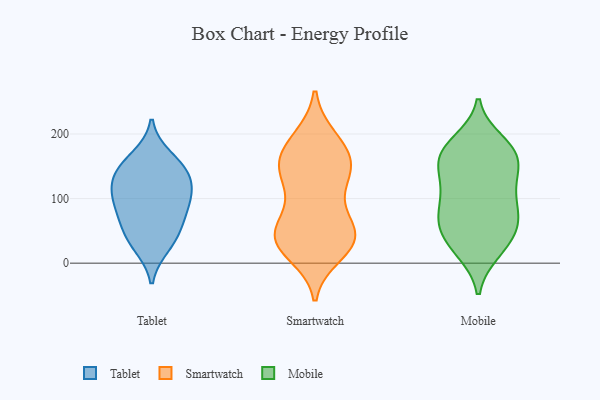
{"axis": {"x": "Humidity (%)", "y": "Value"}, "legend": ["Mobile", "Smartwatch", "Tablet"], "data": [{"x": "", "y": 148, "type": "Tablet"}, {"x": "", "y": 113, "type": "Tablet"}, {"x": "", "y": 164, "type": "Tablet"}, {"x": "", "y": 141, "type": "Tablet"}, {"x": "", "y": 71, "type": "Tablet"}, {"x": "", "y": 109, "type": "Tablet"}, {"x": "", "y": 36, "type": "Tablet"}, {"x": "", "y": 99, "type": "Tablet"}, {"x": "", "y": 54, "type": "Tablet"}, {"x": "", "y": 136, "type": "Tablet"}, {"x": "", "y": 27, "type": "Tablet"}, {"x": "", "y": 85, "type": "Tablet"}, {"x": "", "y": 33, "type": "Smartwatch"}, {"x": "", "y": 90, "type": "Smartwatch"}, {"x": "", "y": 147, "type": "Smartwatch"}, {"x": "", "y": 139, "type": "Smartwatch"}, {"x": "", "y": 31, "type": "Smartwatch"}, {"x": "", "y": 179, "type": "Smartwatch"}, {"x": "", "y": 100, "type": "Smartwatch"}, {"x": "", "y": 44, "type": "Smartwatch"}, {"x": "", "y": 165, "type": "Smartwatch"}, {"x": "", "y": 27, "type": "Smartwatch"}, {"x": "", "y": 193, "type": "Smartwatch"}, {"x": "", "y": 49, "type": "Smartwatch"}, {"x": "", "y": 15, "type": "Smartwatch"}, {"x": "", "y": 147, "type": "Smartwatch"}, {"x": "", "y": 191, "type": "Smartwatch"}, {"x": "", "y": 53, "type": "Smartwatch"}, {"x": "", "y": 43, "type": "Smartwatch"}, {"x": "", "y": 143, "type": "Smartwatch"}, {"x": "", "y": 147, "type": "Smartwatch"}, {"x": "", "y": 40, "type": "Smartwatch"}, {"x": "", "y": 169, "type": "Mobile"}, {"x": "", "y": 187, "type": "Mobile"}, {"x": "", "y": 29, "type": "Mobile"}, {"x": "", "y": 49, "type": "Mobile"}, {"x": "", "y": 69, "type": "Mobile"}, {"x": "", "y": 123, "type": "Mobile"}, {"x": "", "y": 91, "type": "Mobile"}, {"x": "", "y": 104, "type": "Mobile"}, {"x": "", "y": 160, "type": "Mobile"}, {"x": "", "y": 132, "type": "Mobile"}, {"x": "", "y": 59, "type": "Mobile"}, {"x": "", "y": 171, "type": "Mobile"}, {"x": "", "y": 24, "type": "Mobile"}, {"x": "", "y": 172, "type": "Mobile"}, {"x": "", "y": 75, "type": "Mobile"}, {"x": "", "y": 173, "type": "Mobile"}, {"x": "", "y": 69, "type": "Mobile"}, {"x": "", "y": 134, "type": "Mobile"}, {"x": "", "y": 19, "type": "Mobile"}]}